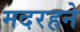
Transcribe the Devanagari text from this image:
मदरहने